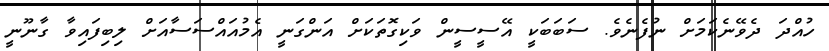
ހުއްދަ ދެވޭނެކަމަށް ނުފެނެވެ. ސަބަބަކީ އޭސީސީން ވަކިގޮތަކަށް އަންގަނީ އެމުއައްސަސާއަށް ލިބިފައިވާ ގާނޫނީ